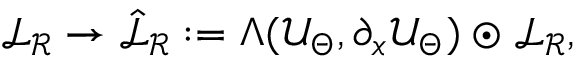
\mathcal { L } _ { \mathcal { R } } \rightarrow \hat { \mathcal { L } } _ { \mathcal { R } } : = \Lambda ( \mathcal { U } _ { \Theta } , \partial _ { x } \mathcal { U } _ { \Theta } ) \odot \mathcal { L } _ { \mathcal { R } } ,